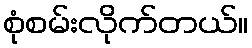
စုံစမ်းလိုက်တယ်။